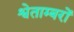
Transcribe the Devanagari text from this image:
श्वेताम्बरों